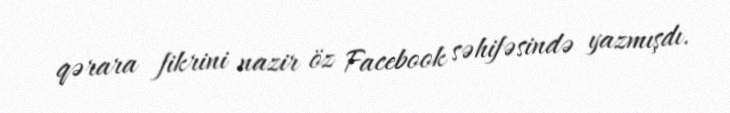
qərara fikrini nazir öz Facebook səhifəsində yazmışdı.